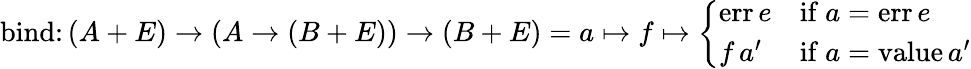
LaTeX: {\mathrm{bind}}\colon\left(A+E\right)\to\left(A\to\left(B+E\right)\right)\to\left(B+E\right)=a\mapsto f\mapsto{\left\{ \begin{array}{ll}{{\mathrm{err}}\, e}&{{\mathrm{if}}\ a={\mathrm{err}}\, e}\\ {f\, a^{\prime}}&{{\mathrm{if}}\ a={\mathrm{value}}\, a^{\prime}}\end{array}\right.}